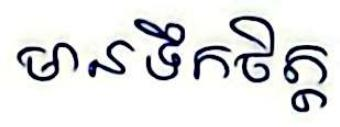
មានទឹកចិត្ត